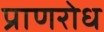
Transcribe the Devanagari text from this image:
प्राणरोध